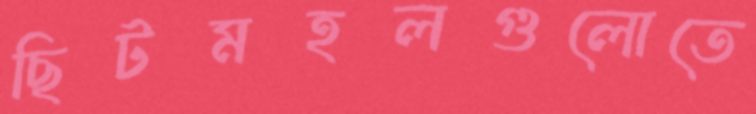
ছিটমহলগুলোতে